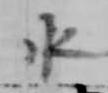
水